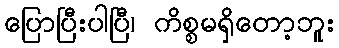
ပြောပြီးပါပြီ၊ ကိစ္စမရှိတော့ဘူး